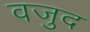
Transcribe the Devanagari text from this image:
वजुद